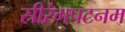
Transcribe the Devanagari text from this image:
स्रीरंगपटनम